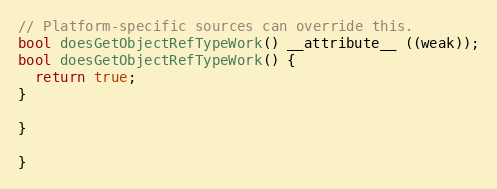
Language: C++
// Platform-specific sources can override this.
bool doesGetObjectRefTypeWork() __attribute__ ((weak));
bool doesGetObjectRefTypeWork() {
  return true;
}

}

}